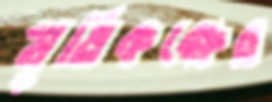
স্মৃতিকক্ষের